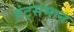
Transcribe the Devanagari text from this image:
हंट्समान